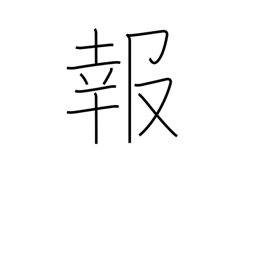
Meaning: news